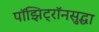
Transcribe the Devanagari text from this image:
पॉझिट्रॉनसुद्धा